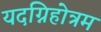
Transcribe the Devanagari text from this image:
यदग्निहोत्रम